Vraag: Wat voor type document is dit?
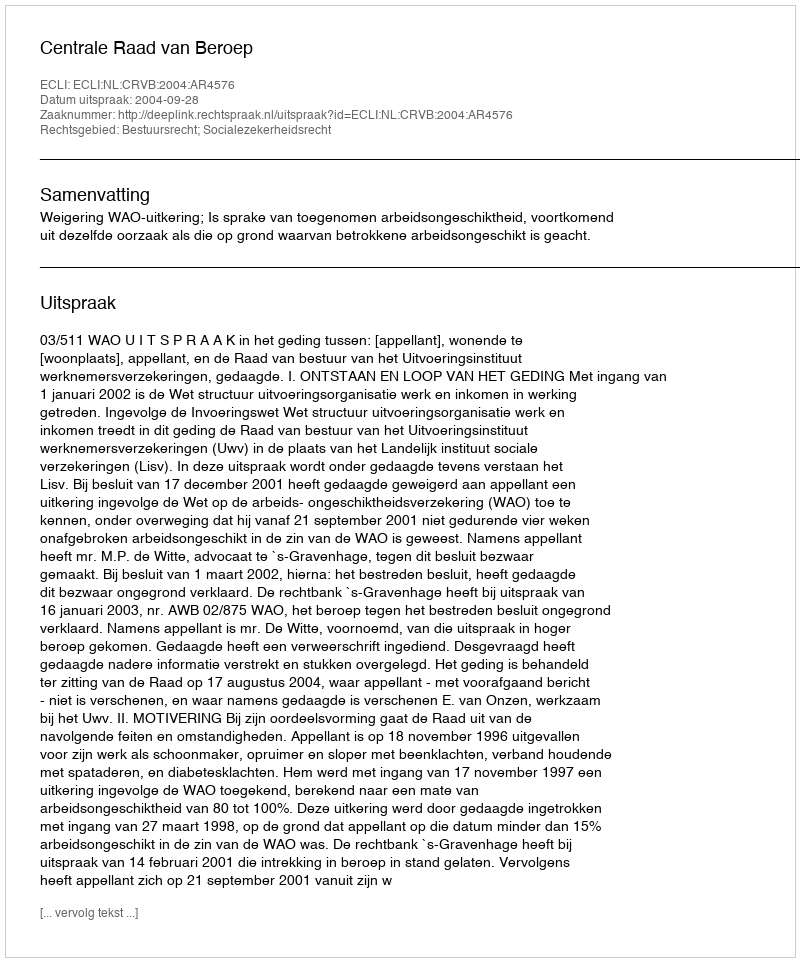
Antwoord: Uitspraak